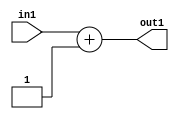
`timescale 1ps / 1ps
/*****************************************************************************
    Verilog RTL Description
    
    
    Created by: Stratus DpOpt 21.05.01 
*******************************************************************************/

module SobelFilter_Add2i1u4_1 (
	in1,
	out1
	); /* architecture "behavioural" */ 
input [3:0] in1;
output [4:0] out1;
wire [4:0] asc001;

assign asc001 = 
	+(in1)
	+(5'B00001);

assign out1 = asc001;
endmodule

/* CADENCE  urf2Sgs= : u9/ySxbfrwZIxEzHVQQV8Q== ** DO NOT EDIT THIS LINE ******/